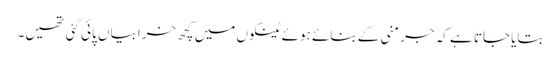
بتایا جاتا ہے کہ جرمنی کے بنائے ہوئے ٹینکوں میں کچھ خرابیاں پائی گئی تھیں۔